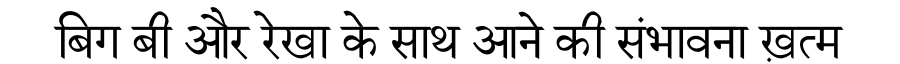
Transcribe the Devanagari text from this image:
बिग बी और रेखा के साथ आने की संभावना ख़त्म